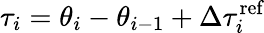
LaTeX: \tau_{i}=\theta_{i}-\theta_{i-1}+\Delta\tau_{i}^{\textrm{ref}}